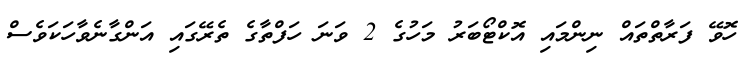
ހޮވޭ ފަރާތްތައް ނިންމައި އޮކްޓޯބަރު މަހުގެ 2 ވަނަ ހަފްތާގެ ތެރޭގައި އަންގާނެވާހަކަވެސް